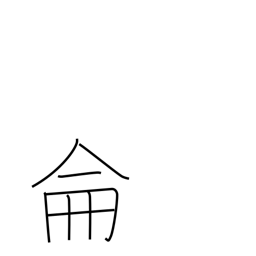
Meaning: be methodical